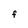
Character: F